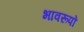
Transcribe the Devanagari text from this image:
भावरूपों